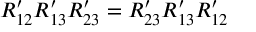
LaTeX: R _ { 1 2 } ^ { \prime } R _ { 1 3 } ^ { \prime } R _ { 2 3 } ^ { \prime } = R _ { 2 3 } ^ { \prime } R _ { 1 3 } ^ { \prime } R _ { 1 2 } ^ { \prime }